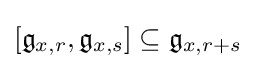
[{\mathfrak {g}}_{x,r},{\mathfrak {g}}_{x,s}]\subseteq {\mathfrak {g}}_{x,r+s}